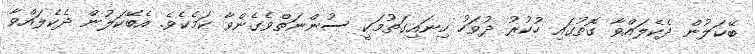
ބޭކަލުން ދެކެލައްވާ ގޮތުގައި ހުކުރު ދުވަހު ހިނައިގަތުމަކީ ސުންނަތްވެގެންވާ ކަމެކެވެ. އެބޭކަލުން ދެކެލައްވާ